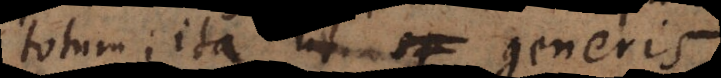
totum; ita ut generis